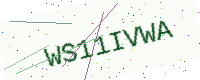
Text: WS11IVWA